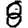
Digit: 8